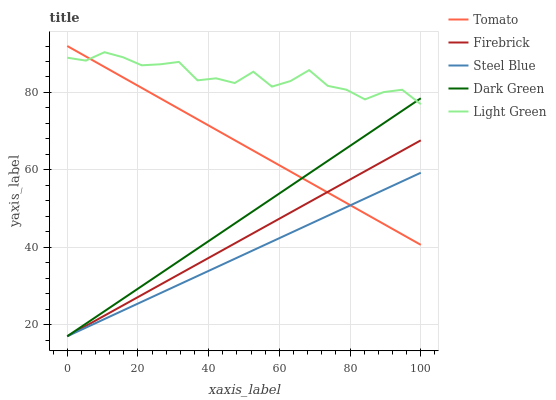
| xaxis_label | Tomato | Firebrick | Steel Blue | Dark Green | Light Green |
 | --- | --- | --- | --- | --- | --- |
 | 0 | 92 | 17 | 17 | 17 | 89 |
 | 5.26 | 89.3 | 19.7 | 19.2 | 20.2 | 88.2 |
 | 10.5 | 86.6 | 22.3 | 21.4 | 23.5 | 90.4 |
 | 15.8 | 83.9 | 25 | 23.7 | 26.7 | 89.1 |
 | 21.1 | 81.2 | 27.7 | 25.9 | 29.9 | 87 |
 | 26.3 | 78.5 | 30.3 | 28.1 | 33.2 | 87.3 |
 | 31.6 | 75.8 | 33 | 30.3 | 36.4 | 87.9 |
 | 36.8 | 73.1 | 35.7 | 32.6 | 39.7 | 83.1 |
 | 42.1 | 70.4 | 38.3 | 34.8 | 42.9 | 83.7 |
 | 47.4 | 67.7 | 41 | 37 | 46.1 | 82.4 |
 | 52.6 | 65 | 43.6 | 39.2 | 49.4 | 85.4 |
 | 57.9 | 62.3 | 46.3 | 41.5 | 52.6 | 81.5 |
 | 63.2 | 59.6 | 49 | 43.7 | 55.8 | 82.9 |
 | 68.4 | 56.8 | 51.6 | 45.9 | 59.1 | 85.8 |
 | 73.7 | 54.1 | 54.3 | 48.1 | 62.3 | 81.7 |
 | 78.9 | 51.4 | 57 | 50.4 | 65.6 | 80.7 |
 | 84.2 | 48.7 | 59.6 | 52.6 | 68.8 | 78.2 |
 | 89.5 | 46 | 62.3 | 54.8 | 72 | 80.1 |
 | 94.7 | 43.3 | 65 | 57 | 75.3 | 80.7 |
 | 100 | 40.6 | 67.6 | 59.3 | 78.5 | 77 |